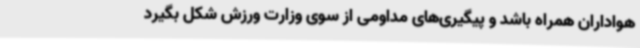
هواداران همراه باشد و پیگیری‌های مداومی از سوی وزارت ورزش شکل بگیرد